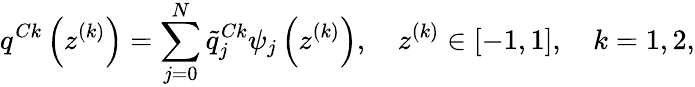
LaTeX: q^{Ck}\left(z^{(k)}\right)=\sum_{j=0}^{N}\tilde{q}_{j}^{Ck}\psi_{j}\left(z^{(k)}\right),\quad z^{(k)}\in[-1,1],\quad k=1,2,